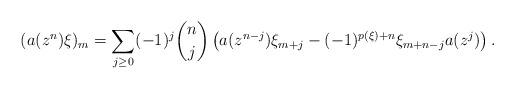
LaTeX: \begin{align*}(a(z^n)\xi)_m &=\sum_{j \ge 0} (-1)^j \binom{n}{j} \left(a(z^{n-j}) \xi_{m+j} - (-1)^{p(\xi)+n}\xi_{m+n-j}a(z^j)\right) .\end{align*}